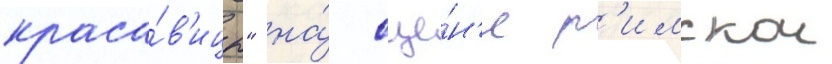
краса́в'ицы" на́ сце́н'е р'имскои